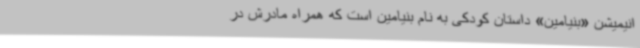
انیمیشن «بنیامین» داستان کودکی به نام بنیامین است که همراه مادرش در